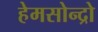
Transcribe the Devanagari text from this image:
हेमसोन्द्रो